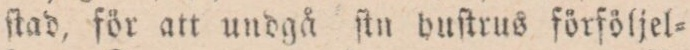
ſtad, för att undgå ſtn buſtrus förföljel=